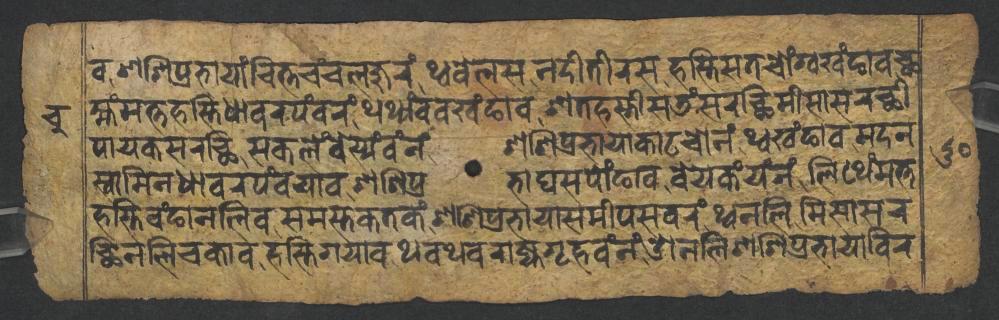
𑐰𑐱𑐱𑐶𑐥𑑂𑐬𑐨𑐵𑐫𑐵𑑄𑐔𑐶𑐟𑑂𑐟𑐔𑑄𑐔𑐮𑐖𑐸𑐬𑑄𑐠𑑂𑐰𑐧𑐾𑐮𑐳𑐣𑐡𑐷𑐟𑐷𑐬𑐳𑐴𑐳𑑂𑐟𑐶𑐳𑐟𑐔𑑀𑑄𑐐𑑂𑐰𑐏𑑄𑐒𑐵𑐰𑐕 𑐩𑑂𑐴𑑄𑐩𑐟𑑂𑐟𑐴𑐳𑑂𑐟𑐶𑐢𑐵𑐰𑐬𑐥𑑄𑐰𑐬𑑄𑐠𑐠𑑂𑐫𑑄𑐰𑐰𑐏𑑄𑐒𑐵𑐰𑐱𑐟𑐴𑐳𑑂𑐟𑐷𑐳𑐜𑑄𑐳𑐬𑐕𑐶𑐩𑐷𑐳𑐵𑐳𑐬𑐕𑐷 𑐥𑐵𑐫𑐎𑐳𑐬𑐕𑐶𑐳𑐎𑐮𑐾𑑄𑐧𑐾𑐳𑑂𑐫𑑄𑐰𑑄𑐣𑑄𑐱𑐱𑐶𑐥𑑂𑐬𑐨𑐵𑐫𑐵𑐎𑐵𑐚𑐔𑑀𑐣𑑄𑐠𑑂𑐰𑐏𑑄𑐒𑐵𑐰𑐩𑐡𑐣 𑐳𑑂𑐰𑐵𑐩𑐶𑐣𑐢𑐵𑐰𑐬𑐥𑑄𑐰𑐫𑐵𑐰𑐱𑐱𑐶𑐥𑑂𑐬𑐨𑐵𑐑𑐳𑐥𑑀𑑄𑐒𑐵𑐰𑐧𑐾𑐫𑐎𑑄𑐫𑑄𑐣𑑄𑐮𑐶𑐠𑐾𑑄𑐩𑐟𑑂𑐟 𑐴𑐳𑑂𑐟𑐶𑐰𑑄𑐒𑐵𑐣𑐮𑐶𑐰𑐳𑐩𑐳𑑂𑐟𑐎𑐟𑐎𑑄𑐱𑐱𑐶𑐥𑑂𑐬𑐨𑐵𑐫𑐵𑐳𑐩𑐷𑐥𑐳𑐰𑐬𑑄𑐠𑑂𑐰𑐣𑐮𑐶𑐩𑐶𑐳𑐵𑐳𑐬 𑐕𑐶𑐣𑐮𑐶𑐔𑐎𑐵𑐰𑐴𑐳𑑂𑐟𑐶𑐐𑐫𑐵𑐰𑐠𑐰𑐠𑐰𑐬𑐵𑐖𑑂𑐫𑐐𑐺𑐴𑐰𑑄𑐣𑑄𑐌𑐣𑐮𑐶𑐱𑐱𑐶𑐥𑑂𑐬𑐨𑐵𑐫𑐵𑐰𑐶𑐬